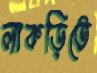
লাকড়িতে